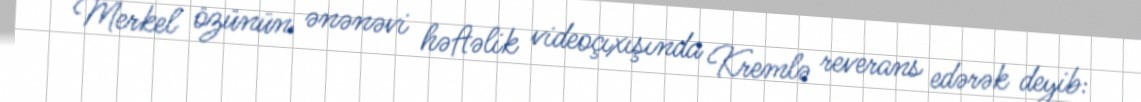
Merkel özünün ənənəvi həftəlik videoçıxışında Kremlə reverans edərək deyib: